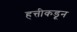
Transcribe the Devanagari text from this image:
हत्तीकडून